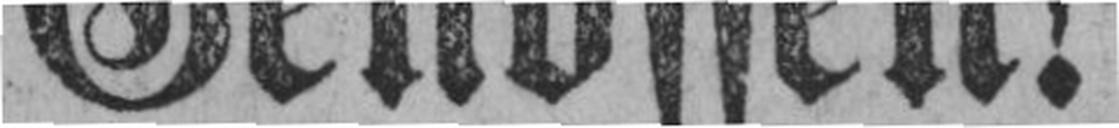
Genossen!